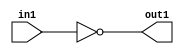
`timescale 1ps / 1ps
/*****************************************************************************
    Verilog RTL Description
    
    
    Created by: CellMath Designer 2019.1.01 
*******************************************************************************/

module DFT_compute_Equal_1U_11_4_0 (
	in1,
	out1
	); /* architecture "behavioural" */ 
input [5:0] in1;
output  out1;
wire  asc001;

assign asc001 = (11'B00000000000==in1);

assign out1 = asc001;
endmodule

/* CADENCE  urjwTAs= : u9/ySgnWtBlWxVPRXgAZ4Og= ** DO NOT EDIT THIS LINE ******/